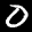
Label: 0